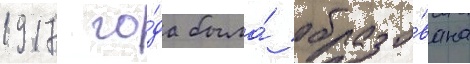
1917 го́да была́ образо́вана